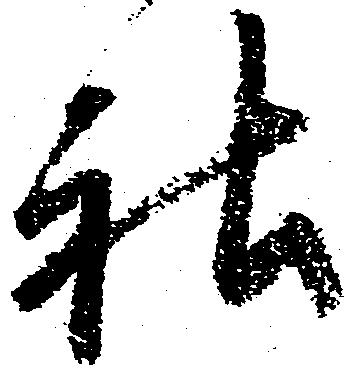
社